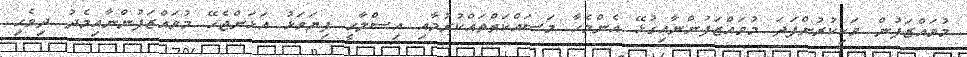
މުވައްޒަފުން ވަކިކުރުންފަދަ މުވައްޒަފުންނާއިގުޅޭ އެންމެހާ މަސައްކަތްތައްކުރުމާއި އިސްލާޙީ ފިޔަވަޅު އަޅަންޖެހޭ މުވައްޒަފުންނާއިމެދު ދިވެހި